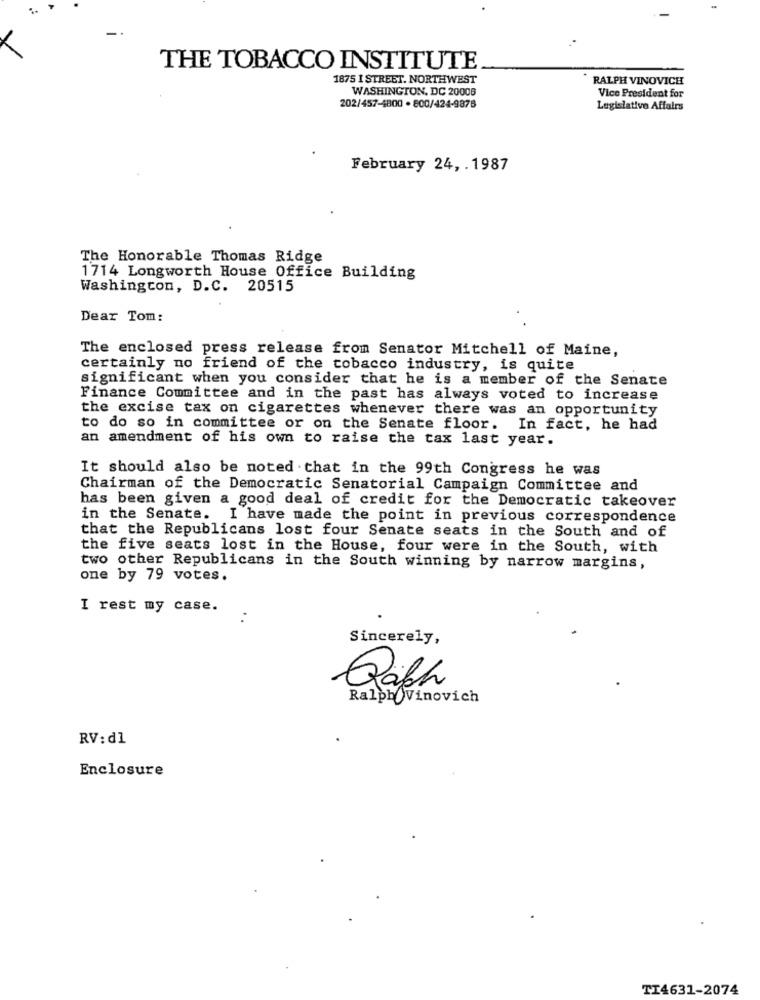
THE TOBACCO INSTITUTE
1875 I STREET. NORTHWEST
RALPH VINOVICH
WASHINGTON, DC 20006
Vice President for
202/457-4800 . 800/424-9878
Legislative Affairs
February 24, . 1987
The Honorable Thomas Ridge
1714 Longworth House Office Building
Washington, D.C. 20515
Dear Tom:
The enclosed press release from Senator Mitchell of Maine,
certainly no friend of the tobacco industry, is quite
significant when you consider that he is a member of the Senate
Finance Committee and in the past has always voted to increase
the excise tax on cigarettes whenever there was an opportunity
to do so in committee or on the Senate floor. In fact, he had
an amendment of his own to raise the tax last year.
It should also be noted that in the 99th Congress he was
Chairman of the Democratic Senatorial Campaign Committee and
has been given a good deal of credit for the Democratic takeover
in the Senate. I have made the point in previous correspondence
that the Republicans lost four Senate seats in the South and of
the five seats lost in the House, four were in the South, with
two other Republicans in the South winning by narrow margins,
one by 79 votes.
I rest my case.
Sincerely,
Qafh
Ralph Vinovich
RV:d1
Enclosure
TI4631-2074